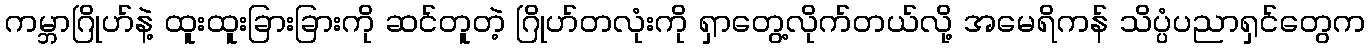
ကမ္ဘာဂြိုဟ်နဲ့ ထူးထူးခြားခြားကို ဆင်တူတဲ့ ဂြိုဟ်တလုံးကို ရှာတွေ့လိုက်တယ်လို့ အမေရိကန် သိပ္ပံပညာရှင်တွေက